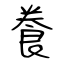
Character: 飬